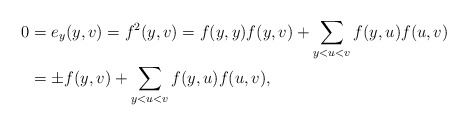
\begin{align*}0&=e_y(y,v)=f^2(y,v)=f(y,y)f(y,v)+\sum_{y<u<v}f(y,u)f(u,v)\\&=\pm f(y,v)+\sum_{y<u<v}f(y,u)f(u,v),\end{align*}